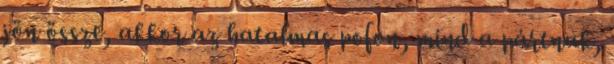
jön össze, akkor az hatalmas pofon, mind a pártnak,